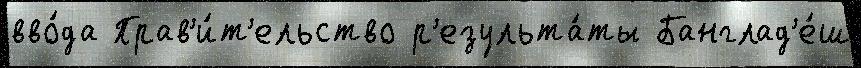
вво́да Прав'и́т'ельство р'езульта́ты Банглад'е́ш